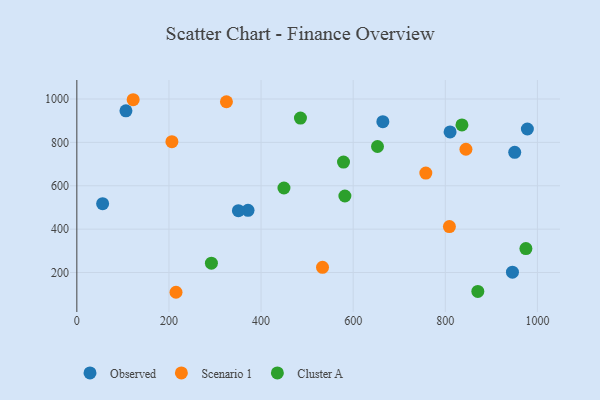
{"axis": {"x": "Study Hours", "y": "Exam Score"}, "legend": ["Cluster A", "Observed", "Scenario 1"], "data": [{"x": "56.0", "y": 517.5, "type": "Observed"}, {"x": "810.4", "y": 848.5, "type": "Observed"}, {"x": "371.7", "y": 486.8, "type": "Observed"}, {"x": "945.8", "y": 201.3, "type": "Observed"}, {"x": "978.2", "y": 861.8, "type": "Observed"}, {"x": "350.8", "y": 485.1, "type": "Observed"}, {"x": "950.7", "y": 754.2, "type": "Observed"}, {"x": "664.4", "y": 895.5, "type": "Observed"}, {"x": "106.6", "y": 945.5, "type": "Observed"}, {"x": "324.8", "y": 987.4, "type": "Scenario 1"}, {"x": "122.3", "y": 996.8, "type": "Scenario 1"}, {"x": "215.3", "y": 108.8, "type": "Scenario 1"}, {"x": "844.8", "y": 768.4, "type": "Scenario 1"}, {"x": "533.4", "y": 223.8, "type": "Scenario 1"}, {"x": "206.4", "y": 803.5, "type": "Scenario 1"}, {"x": "808.9", "y": 411.6, "type": "Scenario 1"}, {"x": "757.7", "y": 658.5, "type": "Scenario 1"}, {"x": "485.5", "y": 912.4, "type": "Cluster A"}, {"x": "579.0", "y": 709.3, "type": "Cluster A"}, {"x": "975.0", "y": 310.5, "type": "Cluster A"}, {"x": "292.2", "y": 243.2, "type": "Cluster A"}, {"x": "870.6", "y": 112.9, "type": "Cluster A"}, {"x": "582.0", "y": 552.7, "type": "Cluster A"}, {"x": "836.1", "y": 880.7, "type": "Cluster A"}, {"x": "449.7", "y": 589.6, "type": "Cluster A"}, {"x": "652.8", "y": 781.0, "type": "Cluster A"}]}